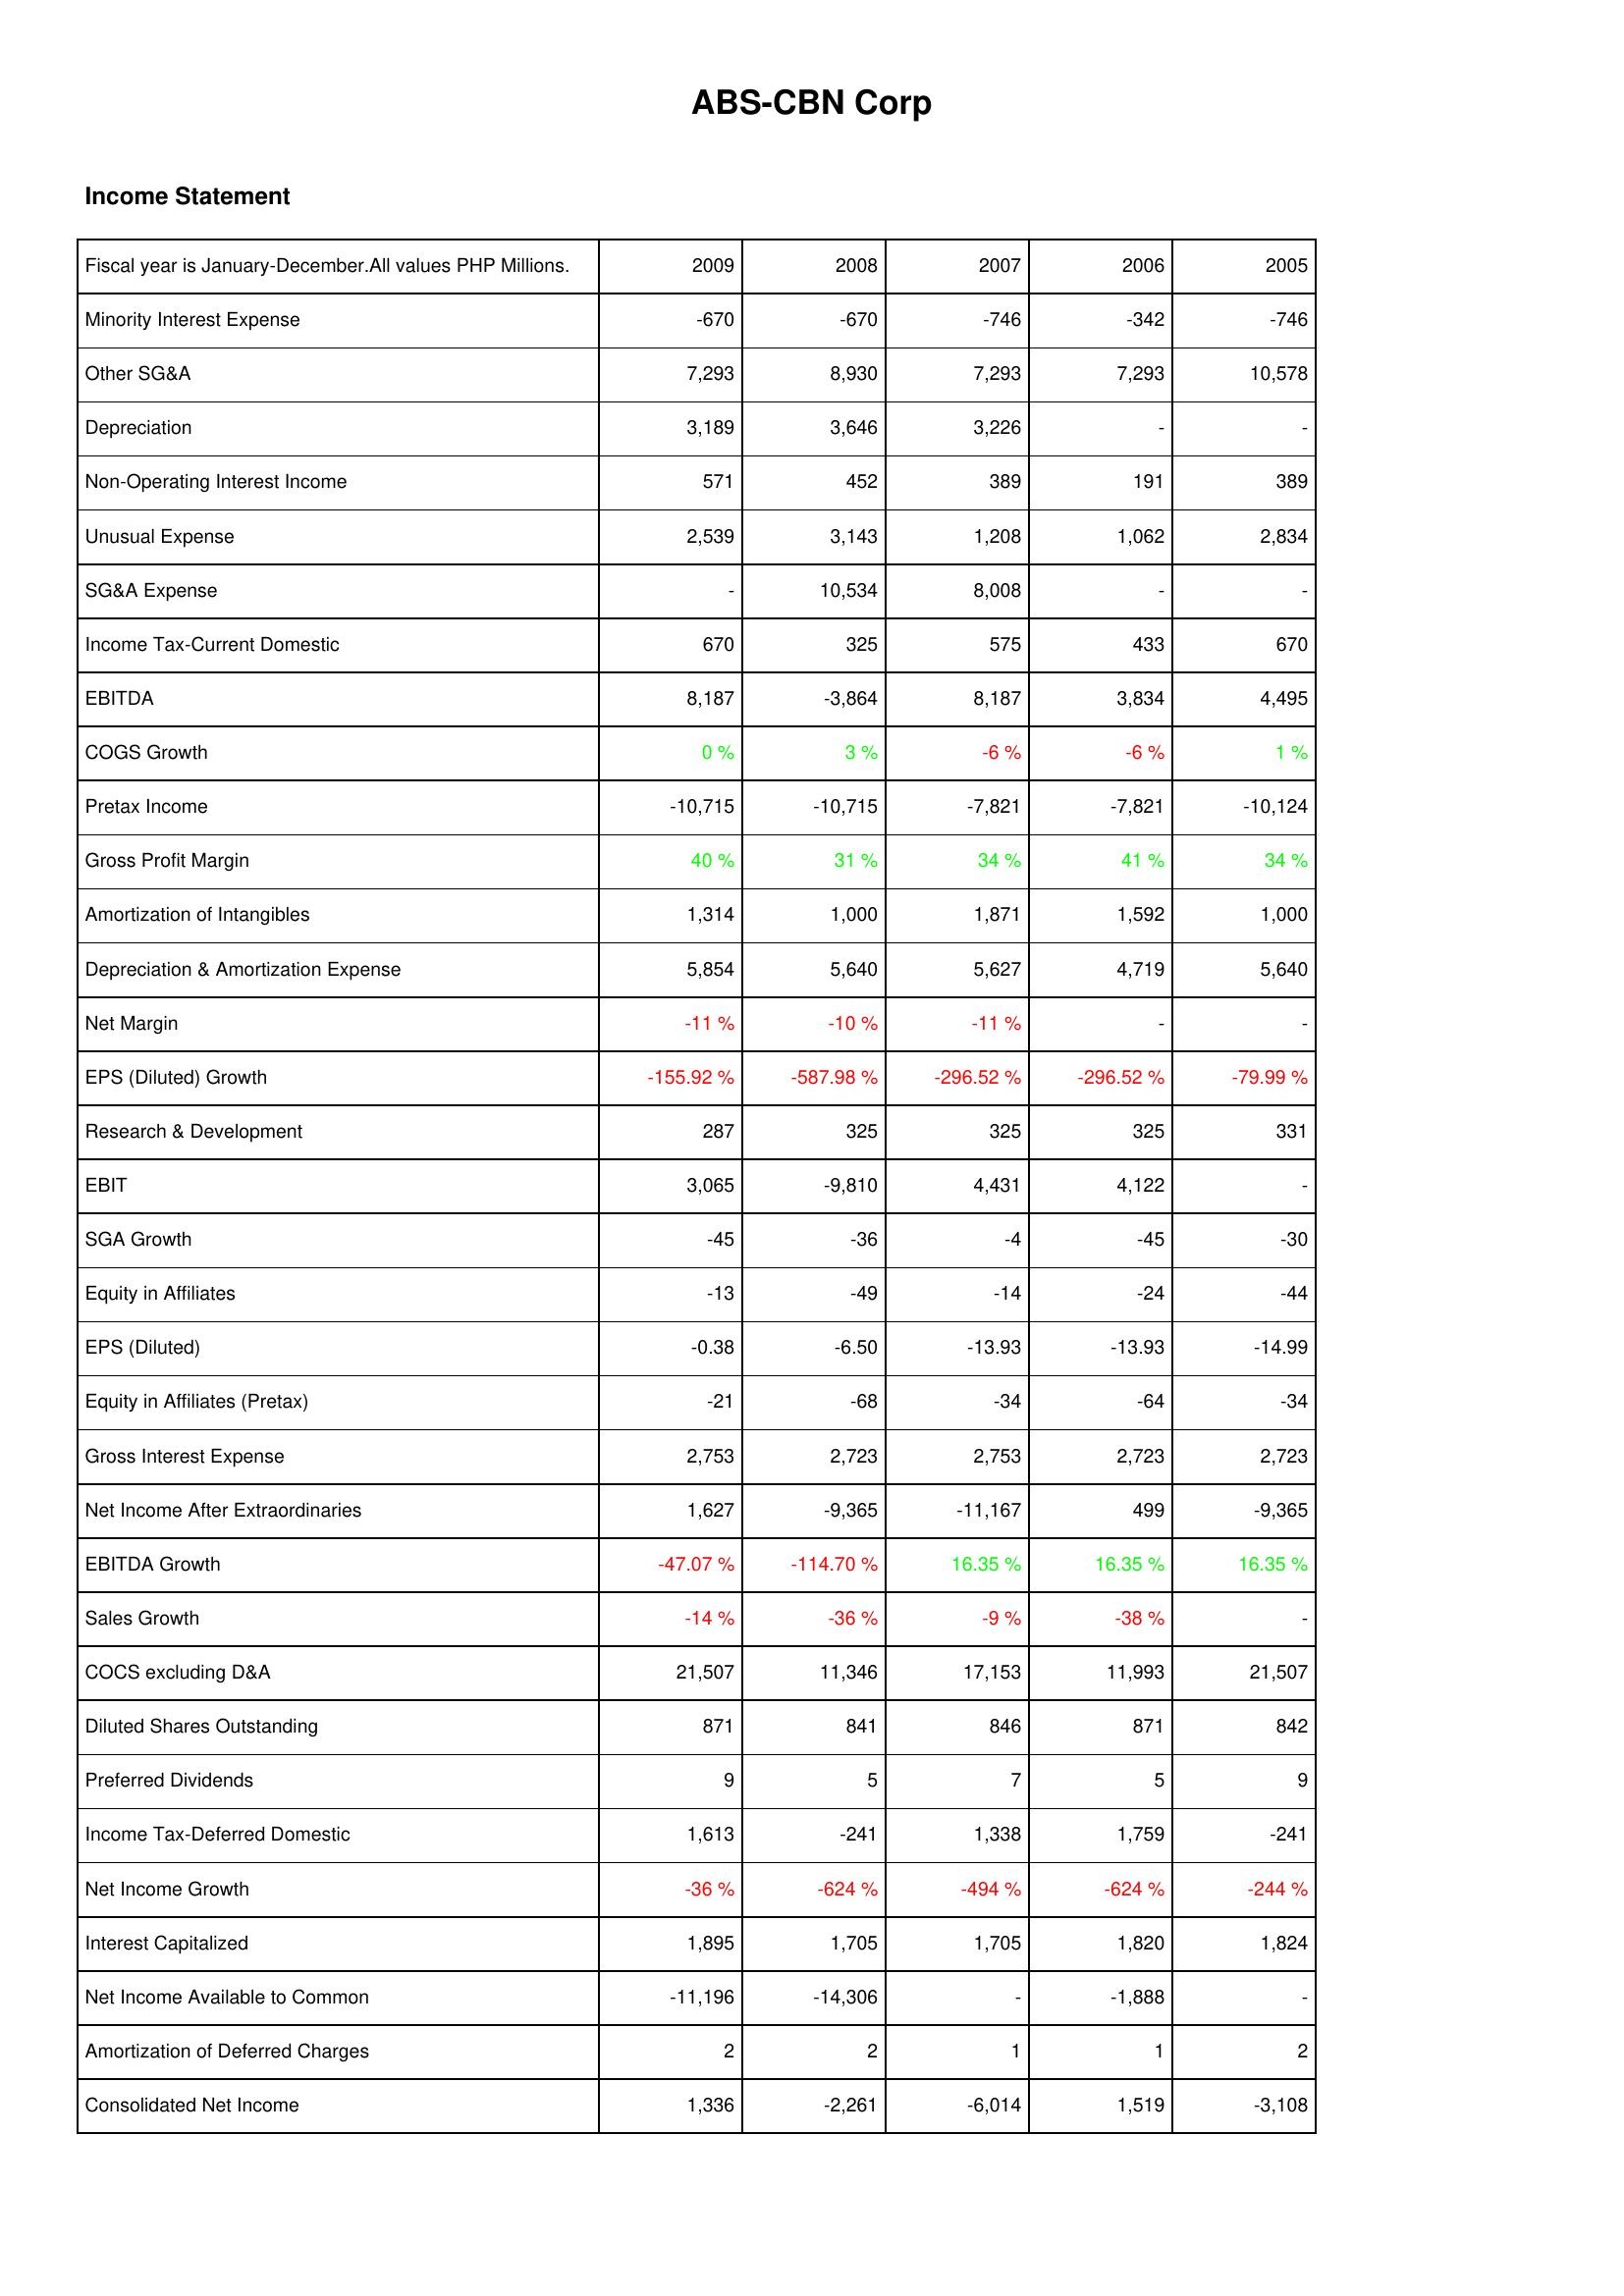
2009: Income Statement: Minority Interest Expense: -670
Other SG&A: 7,293
Depreciation: 3,189
Non-Operating Interest Income: 571
Unusual Expense: 2,539
SG&A Expense: -
Income Tax-Current Domestic: 670
EBITDA: 8,187
COGS Growth: 0 %
Pretax Income: -10,715
Gross Profit Margin: 40 %
Amortization of Intangibles: 1,314
Depreciation & Amortization Expense: 5,854
Net Margin: -11 %
EPS (Diluted) Growth: -155.92 %
Research & Development: 287
EBIT: 3,065
SGA Growth: -45
Equity in Affiliates: -13
EPS (Diluted): -0.38
Equity in Affiliates (Pretax): -21
Gross Interest Expense: 2,753
Net Income After Extraordinaries: 1,627
EBITDA Growth: -47.07 %
Sales Growth: -14 %
COCS excluding D&A: 21,507
Diluted Shares Outstanding: 871
Preferred Dividends: 9
Income Tax-Deferred Domestic: 1,613
Net Income Growth: -36 %
Interest Capitalized: 1,895
Net Income Available to Common: -11,196
Amortization of Deferred Charges: 2
Consolidated Net Income: 1,336
2008: Income Statement: Minority Interest Expense: -670
Other SG&A: 8,930
Depreciation: 3,646
Non-Operating Interest Income: 452
Unusual Expense: 3,143
SG&A Expense: 10,534
Income Tax-Current Domestic: 325
EBITDA: -3,864
COGS Growth: 3 %
Pretax Income: -10,715
Gross Profit Margin: 31 %
Amortization of Intangibles: 1,000
Depreciation & Amortization Expense: 5,640
Net Margin: -10 %
EPS (Diluted) Growth: -587.98 %
Research & Development: 325
EBIT: -9,810
SGA Growth: -36
Equity in Affiliates: -49
EPS (Diluted): -6.50
Equity in Affiliates (Pretax): -68
Gross Interest Expense: 2,723
Net Income After Extraordinaries: -9,365
EBITDA Growth: -114.70 %
Sales Growth: -36 %
COCS excluding D&A: 11,346
Diluted Shares Outstanding: 841
Preferred Dividends: 5
Income Tax-Deferred Domestic: -241
Net Income Growth: -624 %
Interest Capitalized: 1,705
Net Income Available to Common: -14,306
Amortization of Deferred Charges: 2
Consolidated Net Income: -2,261
2007: Income Statement: Minority Interest Expense: -746
Other SG&A: 7,293
Depreciation: 3,226
Non-Operating Interest Income: 389
Unusual Expense: 1,208
SG&A Expense: 8,008
Income Tax-Current Domestic: 575
EBITDA: 8,187
COGS Growth: -6 %
Pretax Income: -7,821
Gross Profit Margin: 34 %
Amortization of Intangibles: 1,871
Depreciation & Amortization Expense: 5,627
Net Margin: -11 %
EPS (Diluted) Growth: -296.52 %
Research & Development: 325
EBIT: 4,431
SGA Growth: -4
Equity in Affiliates: -14
EPS (Diluted): -13.93
Equity in Affiliates (Pretax): -34
Gross Interest Expense: 2,753
Net Income After Extraordinaries: -11,167
EBITDA Growth: 16.35 %
Sales Growth: -9 %
COCS excluding D&A: 17,153
Diluted Shares Outstanding: 846
Preferred Dividends: 7
Income Tax-Deferred Domestic: 1,338
Net Income Growth: -494 %
Interest Capitalized: 1,705
Net Income Available to Common: -
Amortization of Deferred Charges: 1
Consolidated Net Income: -6,014
2006: Income Statement: Minority Interest Expense: -342
Other SG&A: 7,293
Depreciation: -
Non-Operating Interest Income: 191
Unusual Expense: 1,062
SG&A Expense: -
Income Tax-Current Domestic: 433
EBITDA: 3,834
COGS Growth: -6 %
Pretax Income: -7,821
Gross Profit Margin: 41 %
Amortization of Intangibles: 1,592
Depreciation & Amortization Expense: 4,719
Net Margin: -
EPS (Diluted) Growth: -296.52 %
Research & Development: 325
EBIT: 4,122
SGA Growth: -45
Equity in Affiliates: -24
EPS (Diluted): -13.93
Equity in Affiliates (Pretax): -64
Gross Interest Expense: 2,723
Net Income After Extraordinaries: 499
EBITDA Growth: 16.35 %
Sales Growth: -38 %
COCS excluding D&A: 11,993
Diluted Shares Outstanding: 871
Preferred Dividends: 5
Income Tax-Deferred Domestic: 1,759
Net Income Growth: -624 %
Interest Capitalized: 1,820
Net Income Available to Common: -1,888
Amortization of Deferred Charges: 1
Consolidated Net Income: 1,519
2005: Income Statement: Minority Interest Expense: -746
Other SG&A: 10,578
Depreciation: -
Non-Operating Interest Income: 389
Unusual Expense: 2,834
SG&A Expense: -
Income Tax-Current Domestic: 670
EBITDA: 4,495
COGS Growth: 1 %
Pretax Income: -10,124
Gross Profit Margin: 34 %
Amortization of Intangibles: 1,000
Depreciation & Amortization Expense: 5,640
Net Margin: -
EPS (Diluted) Growth: -79.99 %
Research & Development: 331
EBIT: -
SGA Growth: -30
Equity in Affiliates: -44
EPS (Diluted): -14.99
Equity in Affiliates (Pretax): -34
Gross Interest Expense: 2,723
Net Income After Extraordinaries: -9,365
EBITDA Growth: 16.35 %
Sales Growth: -
COCS excluding D&A: 21,507
Diluted Shares Outstanding: 842
Preferred Dividends: 9
Income Tax-Deferred Domestic: -241
Net Income Growth: -244 %
Interest Capitalized: 1,824
Net Income Available to Common: -
Amortization of Deferred Charges: 2
Consolidated Net Income: -3,108